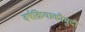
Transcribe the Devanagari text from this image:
वर्षक्रियाकौमुदी